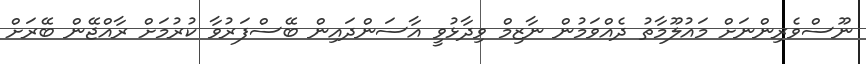
ނޫސްވެރިންނަށް މައުލޫމާތު ދެއްވަމުން ނާޒިމް ވިދާޅުވީ އާސަންދައިން ބޭސްފަރުވާ ކުރުމަށް ރާއްޖޭން ބޭރަށް